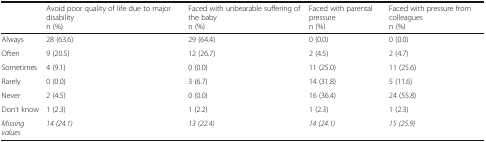
<table><thead><tr><td></td><td><b>Avoid poor quality of life due to major disabilityn (%)</b></td><td><b>Faced with unbearable suffering of the babyn (%)</b></td><td><b>Faced with parental pressuren (%)</b></td><td><b>Faced with pressure from colleaguesn (%)</b></td></tr></thead><tbody><tr><td>Always</td><td>28 (63.6)</td><td>29 (64.4)</td><td>0 (0.0)</td><td>0 (0.0)</td></tr><tr><td>Often</td><td>9 (20.5)</td><td>12 (26.7)</td><td>2 (4.5)</td><td>2 (4.7)</td></tr><tr><td>Sometimes</td><td>4 (9.1)</td><td>0 (0.0)</td><td>11 (25.0)</td><td>11 (25.6)</td></tr><tr><td>Rarely</td><td>0 (0.0)</td><td>3 (6.7)</td><td>14 (31.8)</td><td>5 (11.6)</td></tr><tr><td>Never</td><td>2 (4.5)</td><td>0 (0.0)</td><td>16 (36.4)</td><td>24 (55.8)</td></tr><tr><td>Don’t know</td><td>1 (2.3)</td><td>1 (2.2)</td><td>1 (2.3)</td><td>1 (2.3)</td></tr><tr><td><i>Missing values</i></td><td><i>14 (24.1)</i></td><td><i>13 (22.4)</i></td><td><i>14 (24.1)</i></td><td><i>15 (25.9)</i></td></tr></tbody></table>